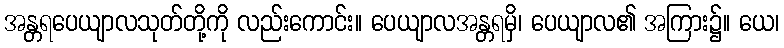
အန္တရပေယျာလသုတ်တို့ကို လည်းကောင်း။ ပေယျာလအန္တရမှိ၊ ပေယျာလ၏ အကြား၌။ ယေ၊